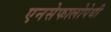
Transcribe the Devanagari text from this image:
एनसेफालोपेथी